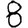
Digit: 8